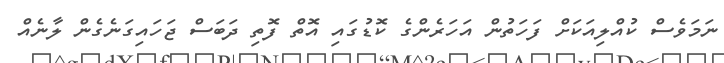
ނަމަވެސް ކުއްލިއަކަށް ފަހަތުން އަހަރެންގެ ކޮޑުގައި އޮތް ފޮތި ދަބަސް ޖަހައިގަނެގެން ލާނެއް